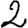
Digit: 2